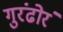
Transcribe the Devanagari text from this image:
गुरंढोरं